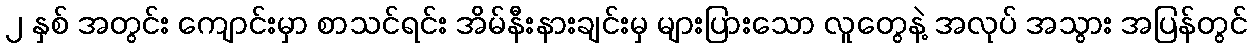
၂ နှစ် အတွင်း ကျောင်းမှာ စာသင်ရင်း အိမ်နီးနားချင်းမှ များပြားသော လူတွေနဲ့ အလုပ် အသွား အပြန်တွင်